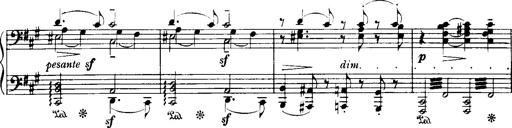
Title: Historische ungarische Bildnisse
Composer: Franz Liszt